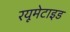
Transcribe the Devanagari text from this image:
रयूमेटाइड